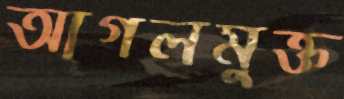
আগলমুক্ত